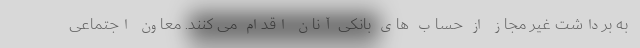
به برداشت غیر مجاز از حساب های بانکی آنان اقدام می کنند. معاون اجتماعی